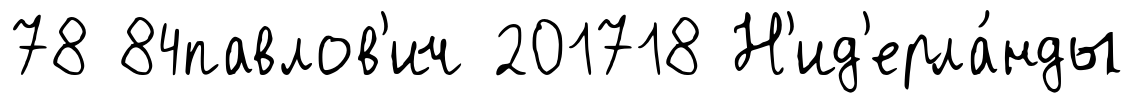
78 84павлов'ич 201718 Н'ид'ерла́нды